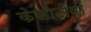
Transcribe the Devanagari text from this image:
केजीटीवी